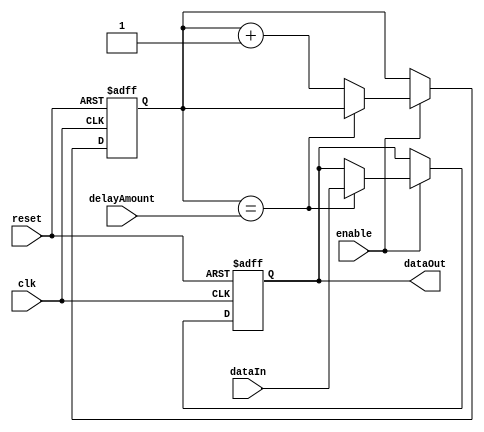
module BufferDelay (
    input wire clk,
    input wire reset,
    input wire enable,
    input wire [3:0] delayAmount,
    input wire dataIn,
    output reg dataOut
);

reg [3:0] count;

always @(posedge clk or posedge reset) begin
    if (reset) begin
        count <= 0;
        dataOut <= 0;
    end else begin
        if (enable) begin
            if (count == delayAmount) begin
                dataOut <= dataIn;
            end else begin
                count <= count + 1;
            end
        end
    end
end

endmodule